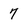
Character: 7